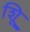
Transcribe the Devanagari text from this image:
शूि